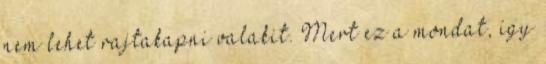
nem lehet rajtakapni valakit. Mert ez a mondat, így